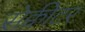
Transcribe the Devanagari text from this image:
सेक्वीटर